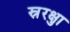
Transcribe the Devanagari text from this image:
स्रुरक्षा